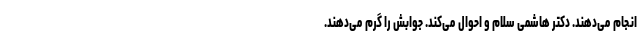
انجام می‌دهند. دکتر هاشمی سلام و احوال می‌کند. جوابش را گرم می‌دهند.